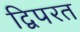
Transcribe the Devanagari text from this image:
द्विपरत